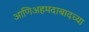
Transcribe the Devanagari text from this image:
आणिअहमदाबादच्या